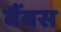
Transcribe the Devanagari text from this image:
बैंबस